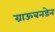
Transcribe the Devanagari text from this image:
ग्राऊबनडेन